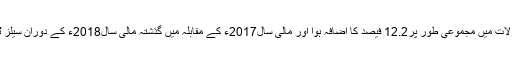
رپورٹ کے مطابق گذشتہ مالی سال کے دوران سیلز ٹیکس محصولات میں مجموعی طور پر12.2 فیصد کا اضافہ ہوا اور مالی سال2017ء کے مقابلہ میں گذشتہ مالی سال2018ء کے دوران سیلز ٹیکس کی مد میں162 ارب روپے سے زائد وصولیاں کی گئی ہیں۔